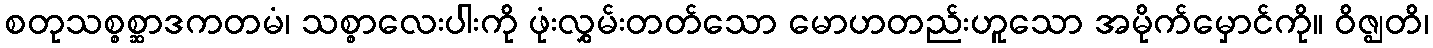
စတုသစ္စစ္ဆာဒကတမံ၊ သစ္စာလေးပါးကို ဖုံးလွှမ်းတတ်သော မောဟတည်းဟူသော အမိုက်မှောင်ကို။ ဝိဇ္ဈတိ၊